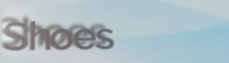
Shoes